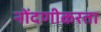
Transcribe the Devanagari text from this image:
नोंदणीकरता